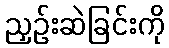
ညှဉ်းဆဲခြင်းကို